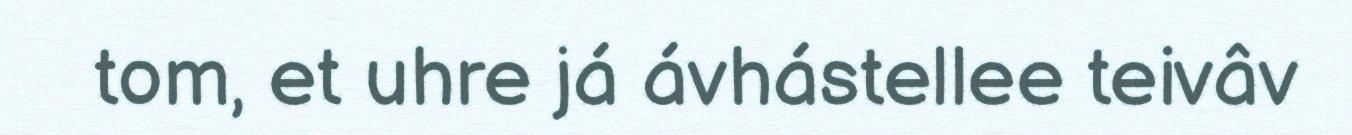
tom, et uhre já ávhástellee teivâv